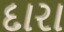
દારા